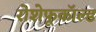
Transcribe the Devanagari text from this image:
रोशेफूकॉल्ड